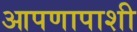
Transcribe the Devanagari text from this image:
आपणापाशी